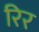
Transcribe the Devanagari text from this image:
रिर